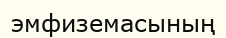
эмфиземасының